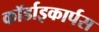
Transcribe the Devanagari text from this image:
कॉर्डाइकार्पस